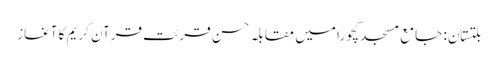
بلتستان: جامع مسجد کچورا میں مقابلہ حسن قرئت قرآن کریم کا آغاز